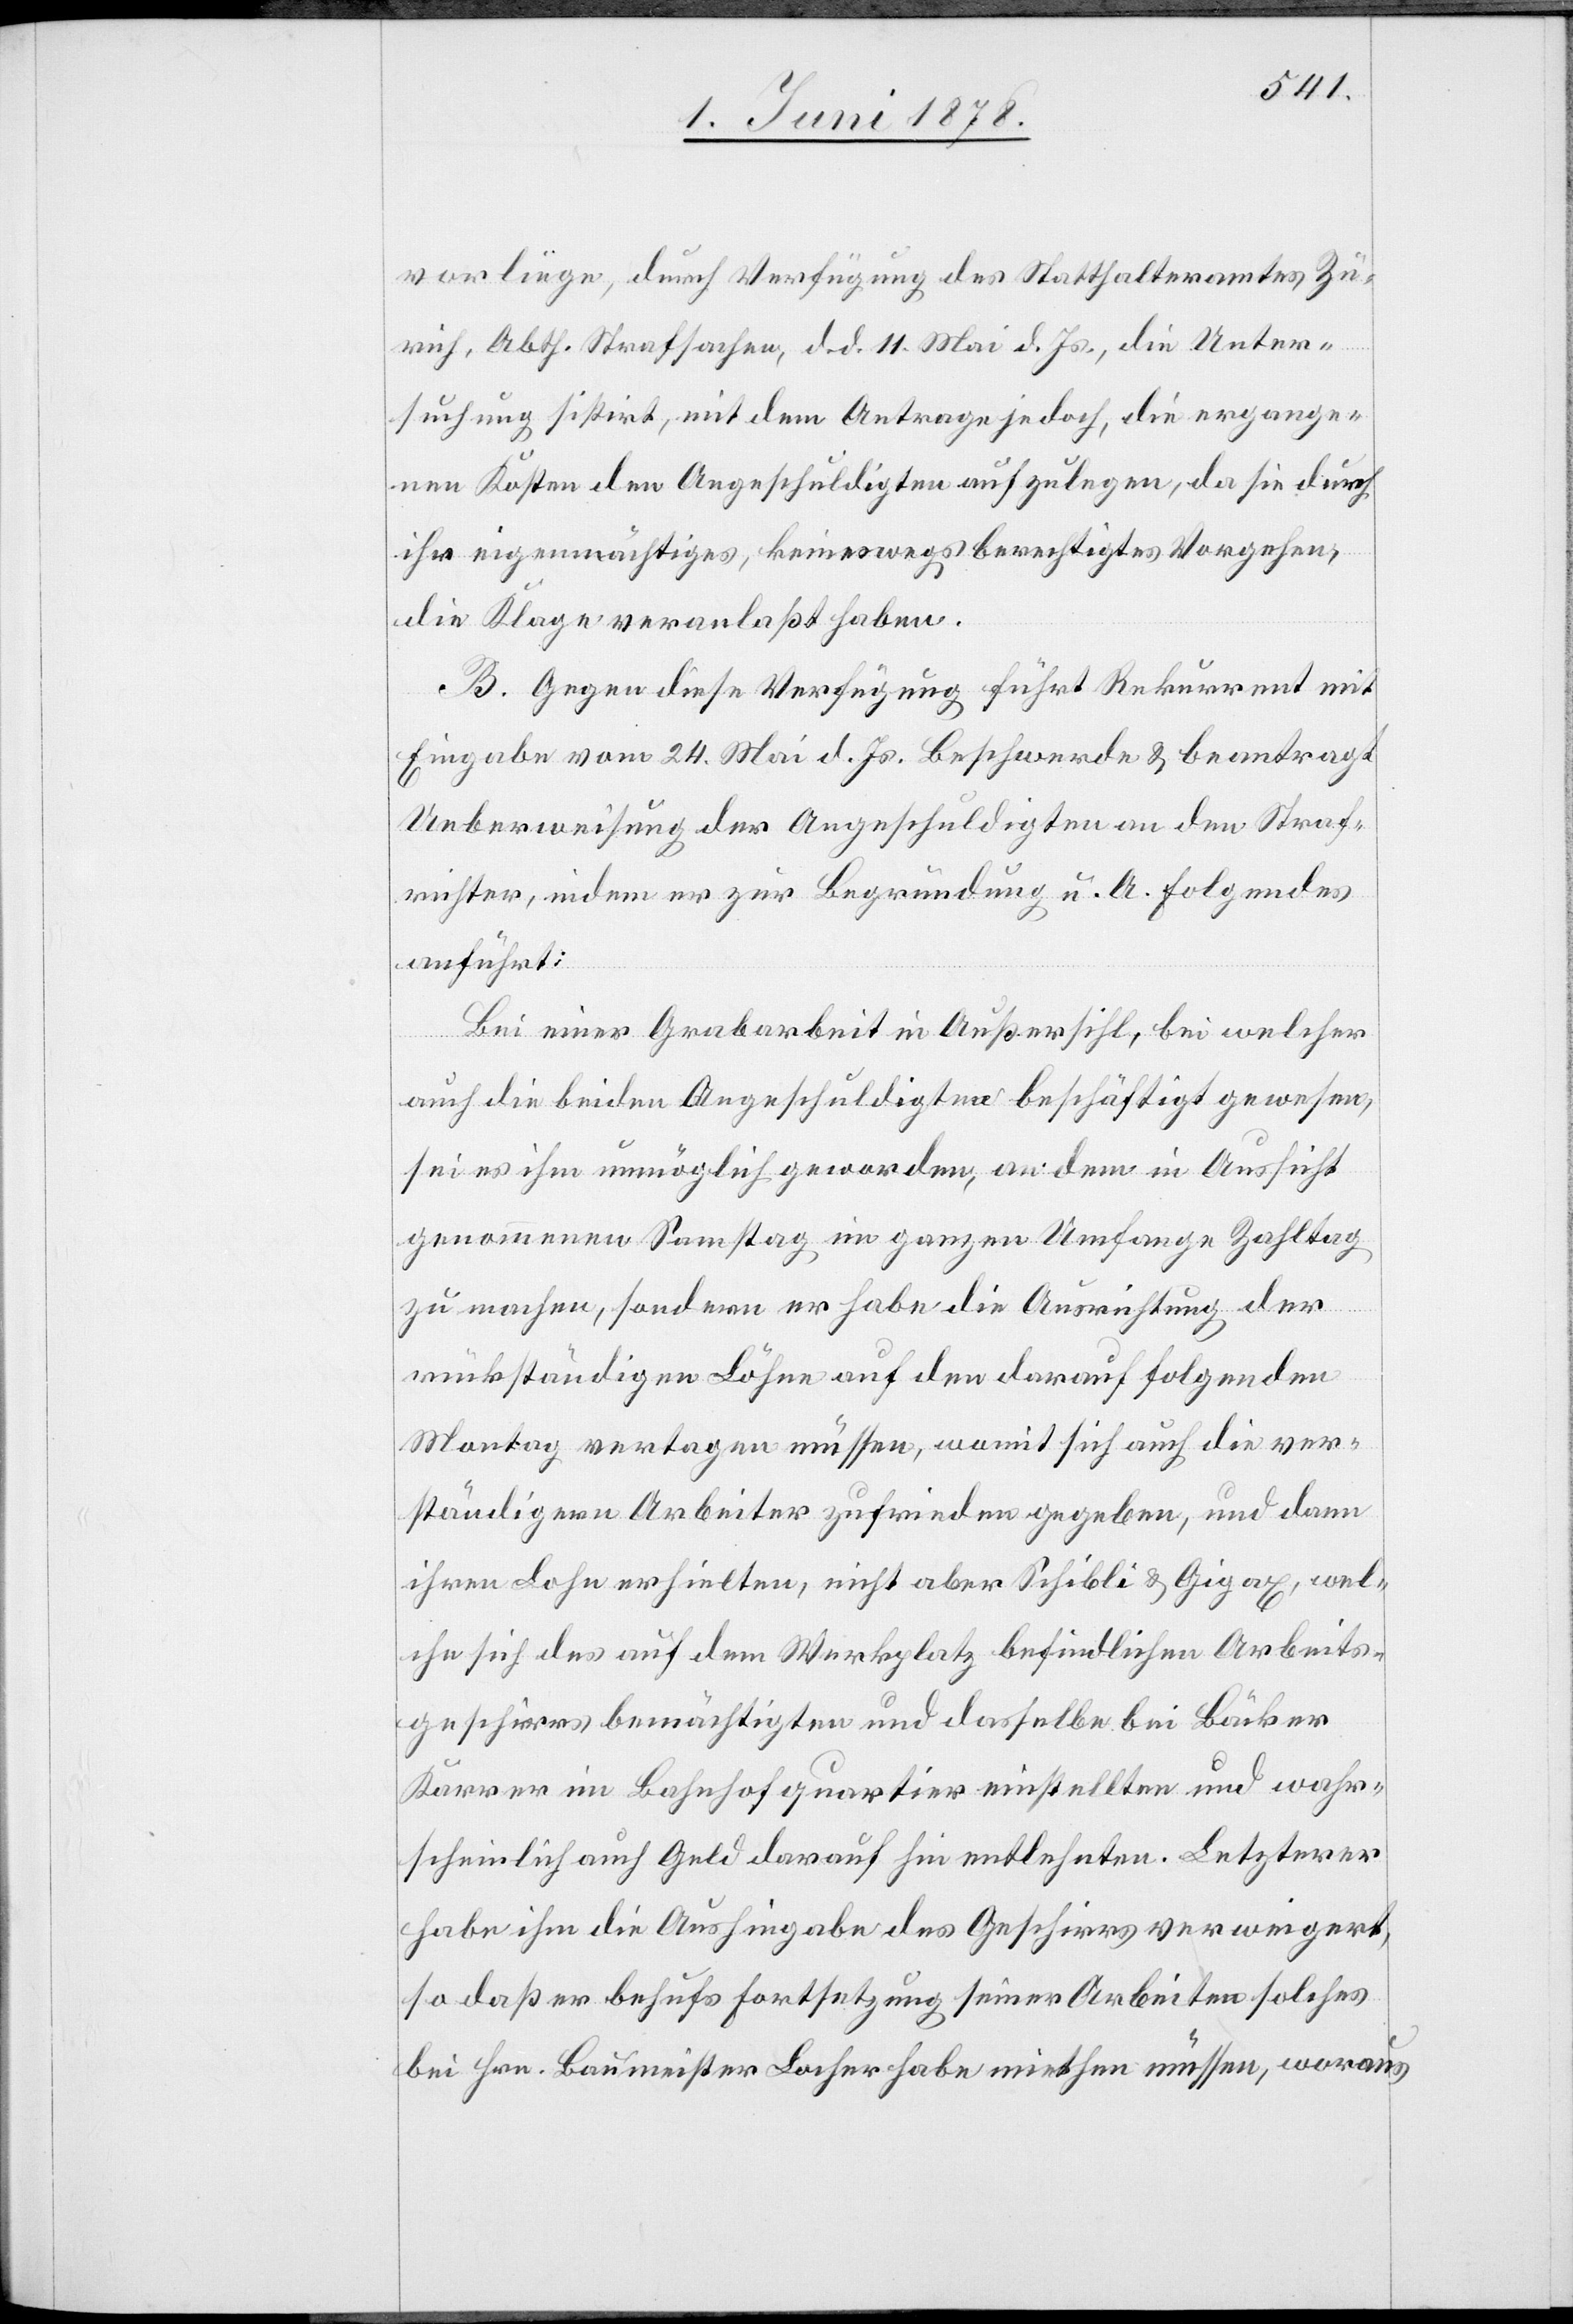
vorliege, durch Verfügung des Statthalteramtes Zü¬
rich, Abth. Strafsachen, d. d. 11. Mai d. Js., die Unter¬
suchung sistirt, mit dem Antrage jedoch, die ergange¬
nen Kosten den Angeschuldigten aufzulegen, da sie durch
ihr eigenmächtiges, keineswegs berechtigtes Vorgehen,
die Klage veranlaßt haben.
B. Gegen diese Verfügung führt Rekurrent mit
Eingabe vom 24. Mai d. Js. Beschwerde & beantragt
Ueberweisung der Angeschuldigten an den Straf¬
richter, indem er zur Begründung u. A. Folgendes
anführt:
Bei einer Grabarbeit in Außersihl, bei welcher
auch die beiden Angeschuldigten beschäftigt gewesen,
sei es ihm unmöglich geworden, an dem in Aussicht
genommenen Samstag im ganzen Umfange Zahltag
zu machen, sondern er habe die Ausrichtung der
rückständigen Löhne auf den darauf folgenden
Montag vertagen müssen, womit sich auch die ver¬
ständigern Arbeiter zufrieden gegeben, und dann
ihren Lohn erhielten, nicht aber Schibli & Gigax, wel¬
che sich des auf dem Werkplatz befindlichen Arbeits¬
geschirrs bemächtigten und dasselbe bei Bäcker
Karrer im Bahnhofquartier einstellten und wahr¬
scheinlich auch Geld darauf hin entlehnten. Letzterer
habe ihm die Aushingabe des Geschirrs verweigert,
so daß er behufs Fortsetzung seiner Arbeiten solches
bei Hrn. Baumeister Locher habe miethen müssen, woraus